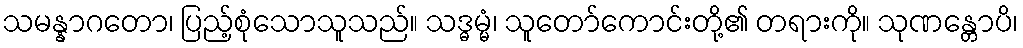
သမန္နာဂတော၊ ပြည့်စုံသောသူသည်။ သဒ္ဓမ္မံ၊ သူတော်ကောင်းတို့၏ တရားကို။ သုဏန္တောပိ၊